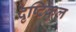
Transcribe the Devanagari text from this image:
दृष्टिकुल